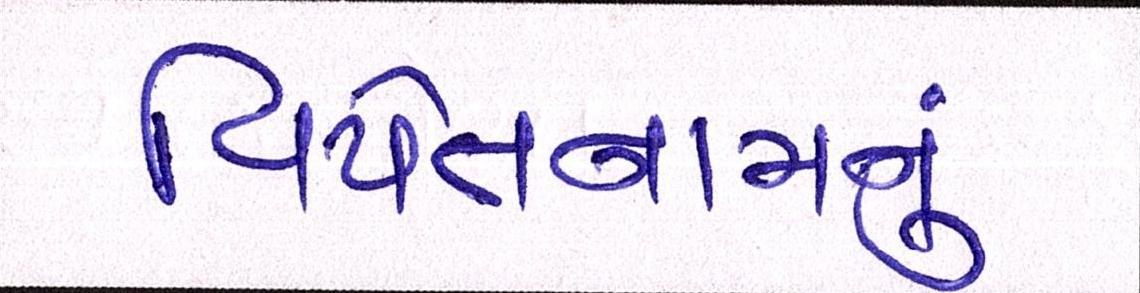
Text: વિયેતનામનું